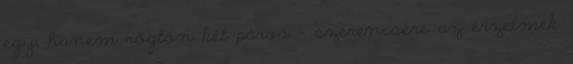
egy, hanem rögtön két páros - szerencsére az érzelmek